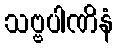
သဗ္ဗပါဏိနံ